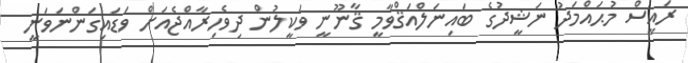
ރައީސް މުޙައްމަދު ނަޝީދުގެ ބައިނަލްއަޤްވާމީ ޤާނޫނީ ވަކީލުން ދިވެހިރާއްޖެއަށް ވަޑައިގަންނަވަނީ